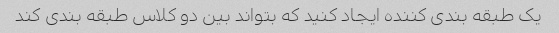
یک طبقه بندی کننده ایجاد کنید که بتواند بین دو کلاس طبقه بندی کند